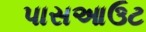
પાસઆઉટ